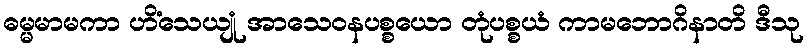
ဓမ္မမာမကာ ဟိံသေယျုံ အာသေဝနပစ္စယော တုံပစ္စယံ ကာမဘောဂိနာတိ ဒီသု